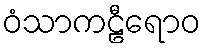
ဝံသာကဠီရောဝ